Leaving Certificate Examination (including Day School Certificate (Higher) General paper), 1926
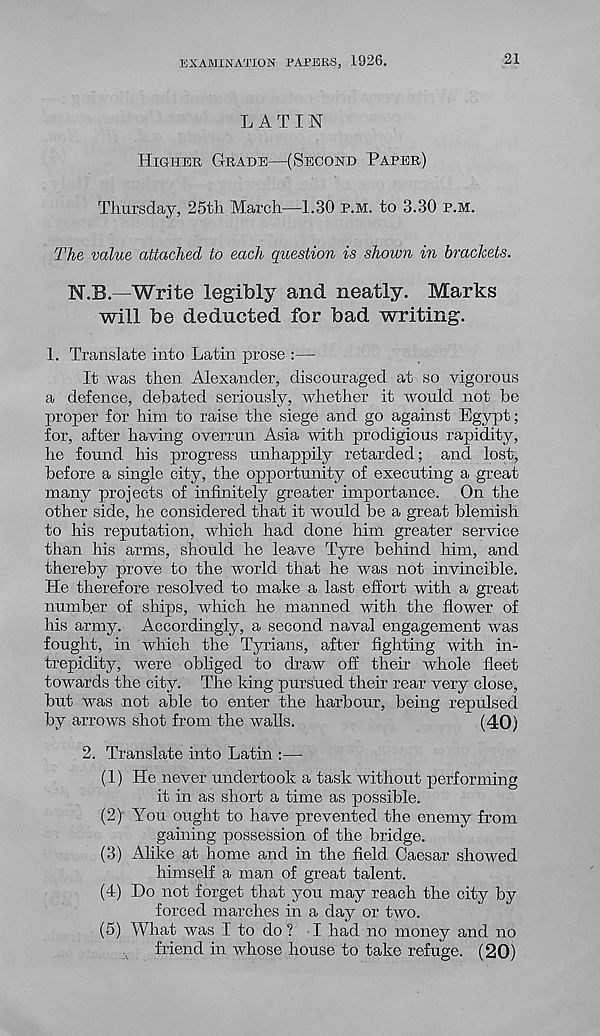
EXAMINATION PAPERS, 1926.
21
LATIN
HIGHER GRADE—(SECOND PAPER)
Thursday, 25th March—1.30 P.M. to 3.30 P.M.
The value attached to each question is shown in brackets.
N.B.—Write legibly and neatly. Marks
will be deducted for bad writing.
1. Translate into Latin prose :—
It was then Alexander, discouraged at so vigorous
a defence, debated seriously, whether it would not be
proper for him to raise the siege and go against Egypt;
for, after having overrun Asia with prodigious rapidity,
he found his progress unhappily retarded; and lost,
before a single city, the opportunity of executing a great
many projects of infinitely greater importance. On the
other side, he considered that it would be a great blemish
to his reputation, which had done him greater service
than his arms, should he leave Tyre behind him, and
thereby prove to the world that he was not invincible.
He therefore resolved to make a last effort with a great
number of ships, which he manned with the flower of
his army. Accordingly, a second naval engagement was
fought, in which the Tyrians, after fighting with in-
trepidity, were obliged to draw off their whole fleet
towards the city. The king pursued their rear very close,
but was not able to enter the harbour, being repulsed
by arrows shot from the walls.
(40)
2. Translate into Latin :—
(1) He never undertook a task without performing
it in as short a time as possible.
(2) You ought to have prevented the enemy from
gaining possession of the bridge.
(3) Alike at home and in the field Caesar showed
himself a man of great talent.
(4) Do not forget that you may reach the city by
forced marches in a day or two.
(5) What was I to do ? I had no money and no
friend in whose house to take refuge. (20)